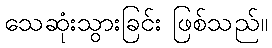
သေဆုံးသွားခြင်း ဖြစ်သည်။